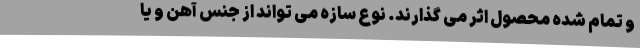
و تمام شده محصول اثر می گذارند. نوع سازه می تواند از جنس آهن و یا